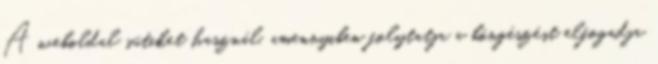
A weboldal sütiket használ, amennyiben folytatja a böngészést elfogadja